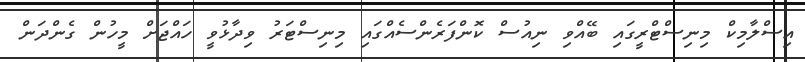
އިސްލާމިކް މިނިސްޓްރީގައި ބޭއްވި ނިއުސް ކޮންފަރެންސެއްގައި މިނިސްޓަރު ވިދާޅުވީ ހައްޖަށް މީހުން ގެންދަން